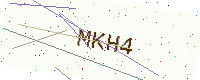
Text: MKH4